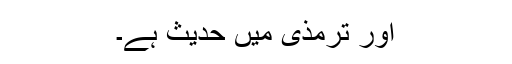
اور ترمذی میں حدیث ہے۔